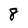
Character: 8